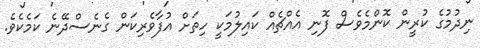
ނިދުމުގެ ކުރީން ކޮންމެވެސް ފޮނި އެއްޗެއް ކައިލުމަކީ ހިތަށް އުފާވެރިކަން ގެނެސްދޭނެ ކަމެކެވެ.